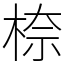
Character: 㮈